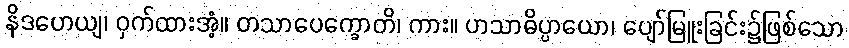
နိဒဟေယျ၊ ဝှက်ထားအံ့။ တသာပေက္ခောတိ၊ ကား။ ဟသာဓိပ္ပာယော၊ ပျော်မြူးခြင်း၌ဖြစ်သော